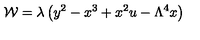
{ \cal W } = \lambda \left( y ^ { 2 } - x ^ { 3 } + x ^ { 2 } u - \Lambda ^ { 4 } x \right)